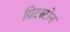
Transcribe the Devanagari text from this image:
ग्रिटस्टोन